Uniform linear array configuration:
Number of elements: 12
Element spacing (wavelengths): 0.25
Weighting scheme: kaiser
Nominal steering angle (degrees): -60
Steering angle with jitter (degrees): -61.298
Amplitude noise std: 0.05
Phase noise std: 0.05

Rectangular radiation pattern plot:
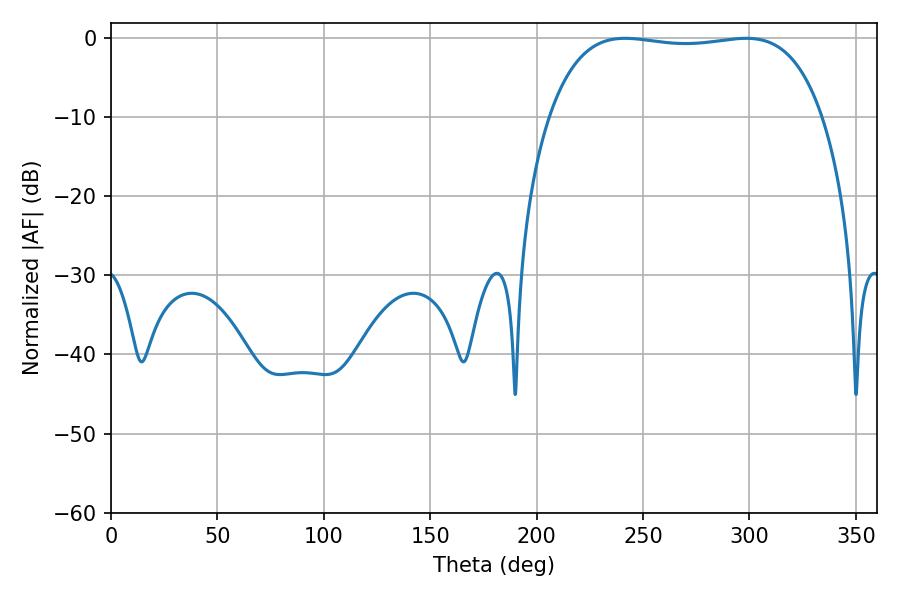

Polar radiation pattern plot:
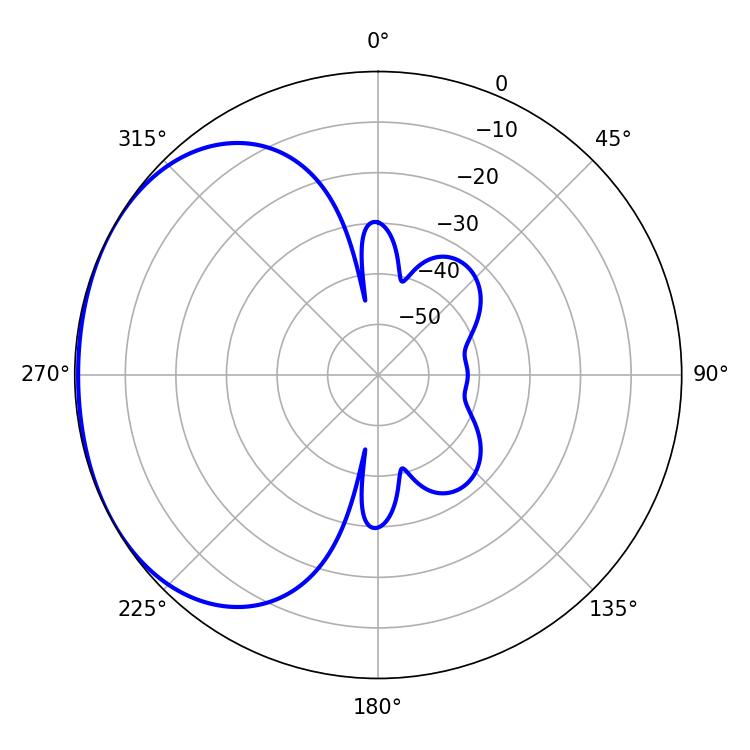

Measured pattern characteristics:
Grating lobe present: FALSE
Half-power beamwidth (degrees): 102.24
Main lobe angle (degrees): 241.56